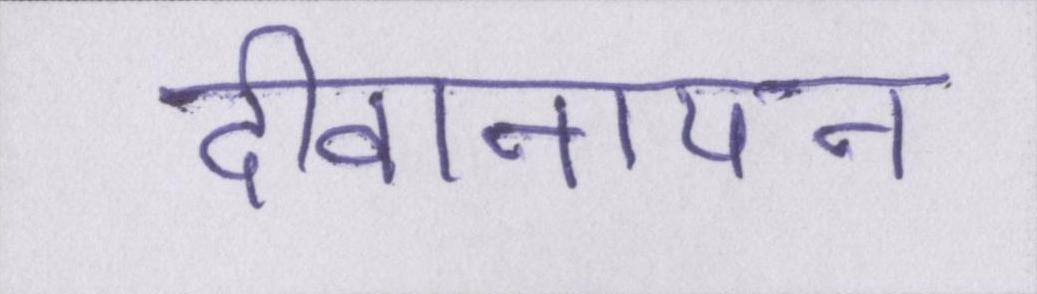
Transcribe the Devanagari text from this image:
दीवानापन